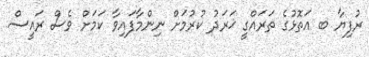
ރުފިޔާ ބ އަތޮޅުގެ ތަރައްގީ ޚަރަދު ކުރުމަށް ނިންމާފައިވާ ކަމަށް ވެސް ރައީސް